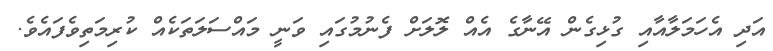
އަދި އެހަމަލާއާއި ގުޅިގެން އޭނާގެ އެއް ލޮލަށް ފެނުމުގައި ވަނީ މައްސަލަތަކެއް ކުރިމަތިވެފައެވެ.